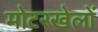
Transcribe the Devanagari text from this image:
मोटरखेलों